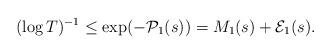
LaTeX: \begin{align*}(\log T)^{-1}\leq\exp(-\mathcal{P}_1(s))=M_1(s)+\mathcal{E}_1(s).\end{align*}